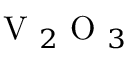
\mathrm { ~ V ~ } _ { 2 } \mathrm { ~ O ~ } _ { 3 }